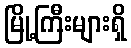
မြို့ကြီးများရှိ